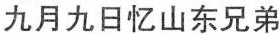
九月九日忆山东兄弟